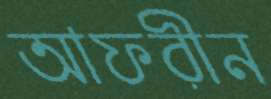
আফরীন